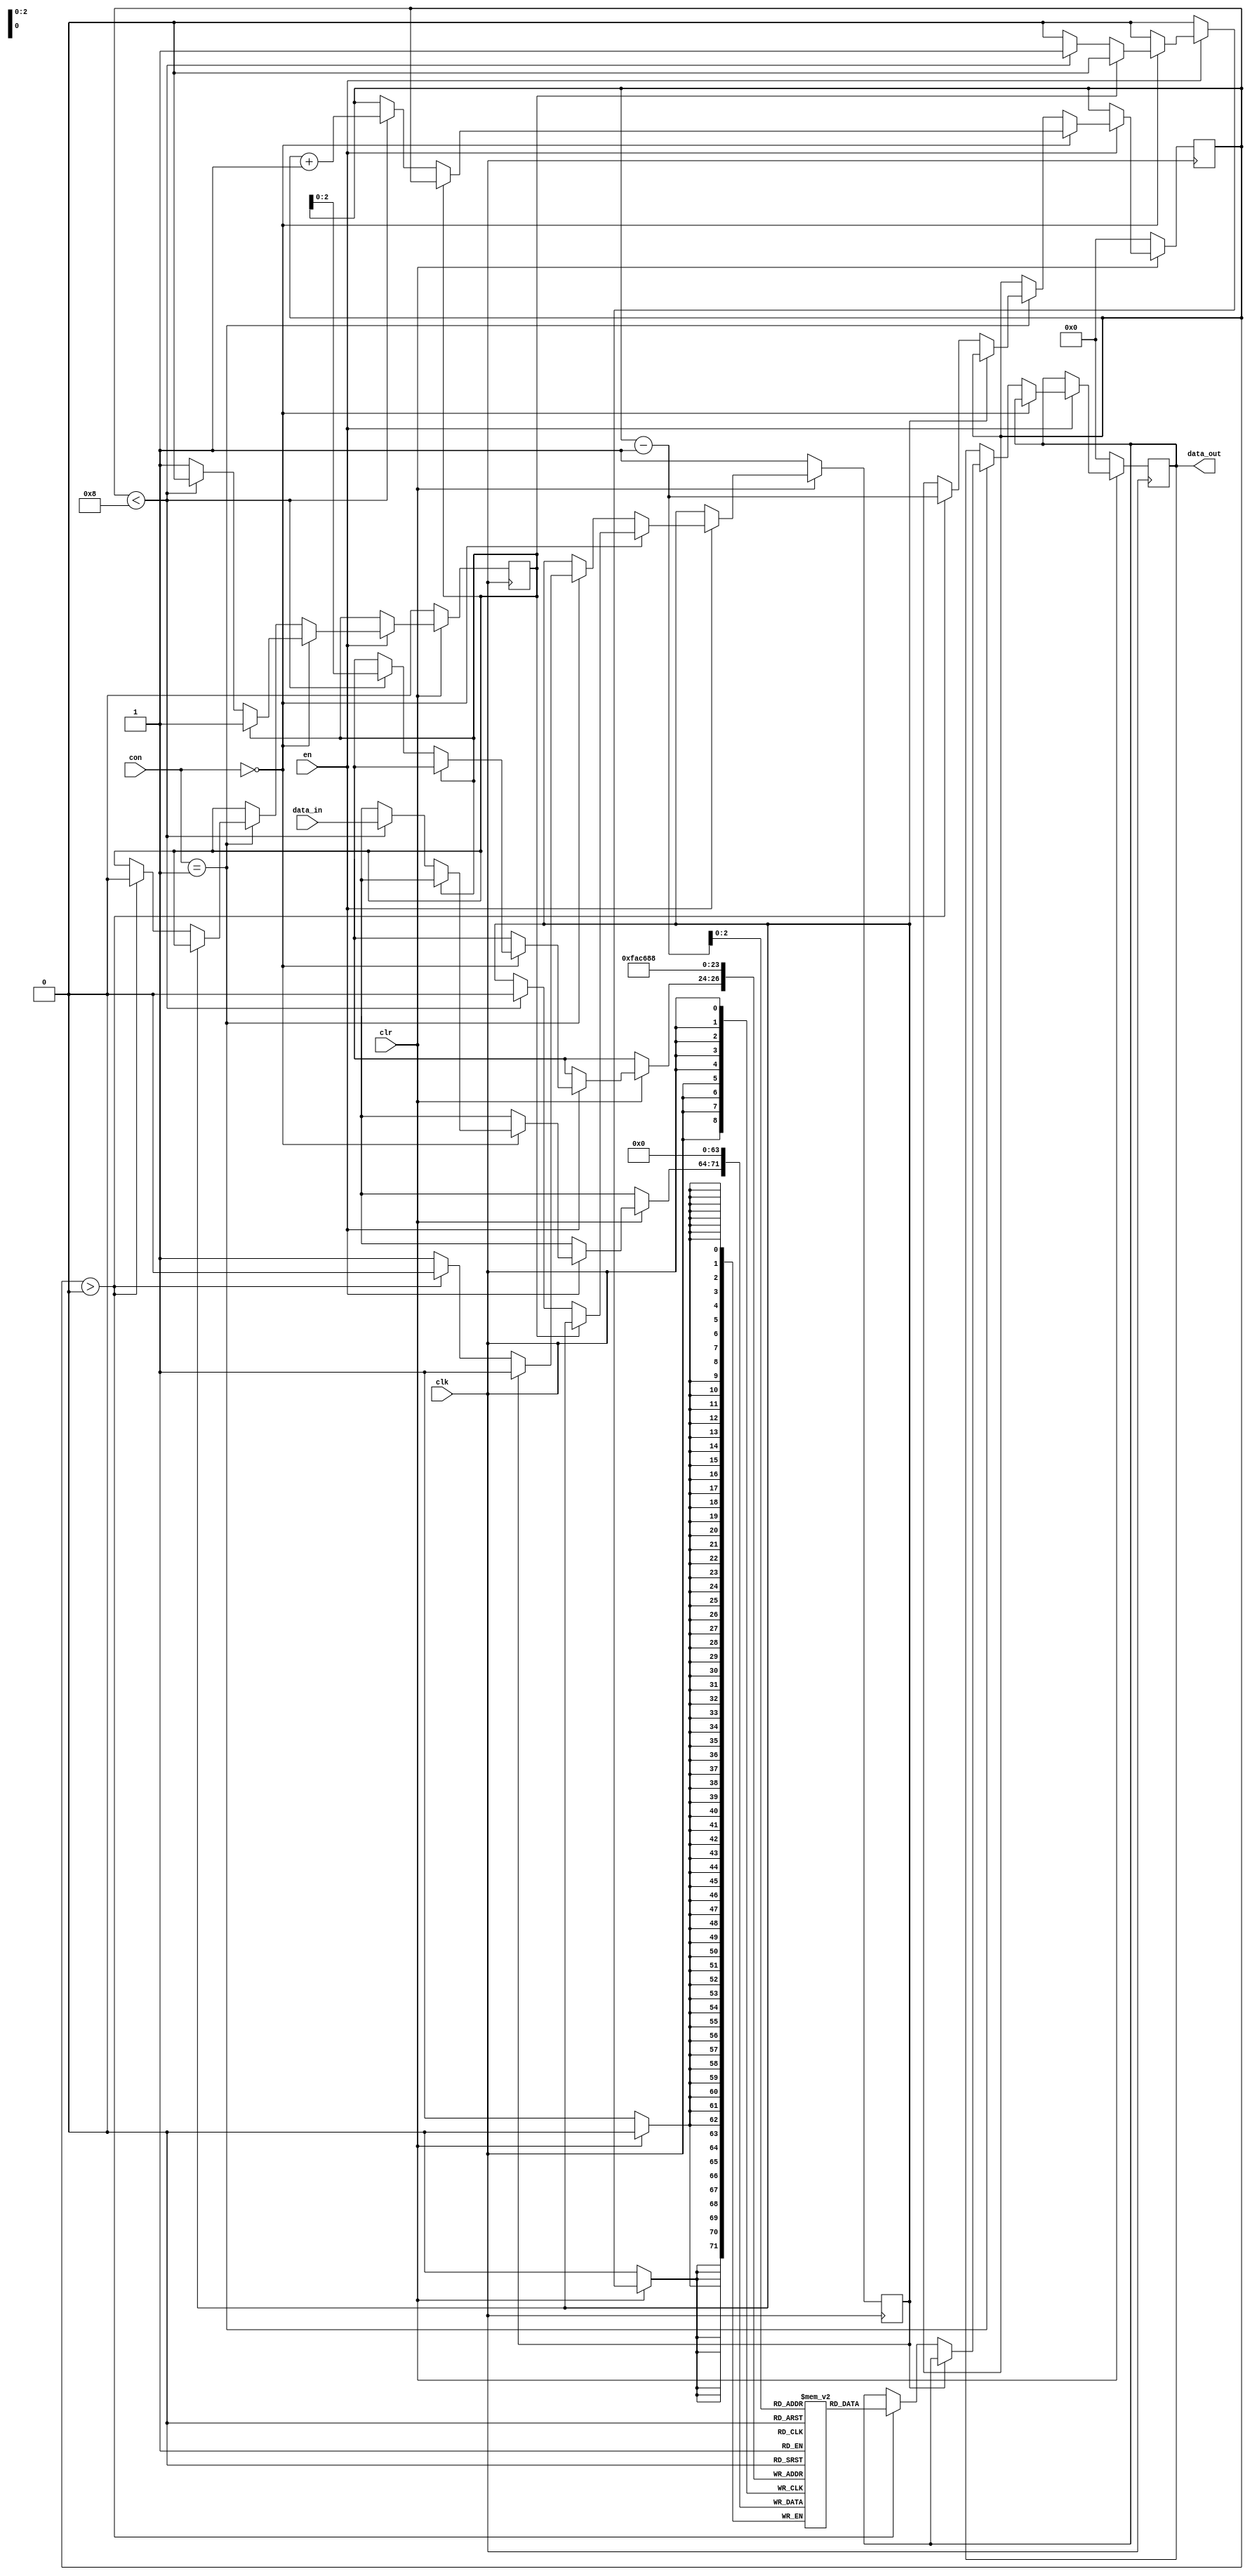
`timescale 1ns / 1ps
//////////////////////////////////////////////////////////////////////////////////
// Alex Hendren
// Sean McFeely
// EE480 - Spring 2013 - Heath
// Accumulator Based Processor
//
// Module Name:    stack 
//
// Description:
//		Parameterized stack with synchronous active low clear
//
//		Control States
//			00		push
//			01		pop
//			10		Do nothing
//			11		Do nothing
//
//  
//  
//  
//////////////////////////////////////////////////////////////////////////////////
module stack(en, clr, clk, con, data_in, data_out);
	parameter width = 8; //the width of the data in bits
	parameter depth = 3; // amout of data
	input en; 	// enable 
	input clr; 	// clear all contents
	input clk;	// the clock
	input [1:0] con;	// controller signal. pop when con=01. push when con=00. do nothing when con=10/11;
	input [width-1:0] data_in;
	reg full; // inform controller if stack full. 1 on full, else 0
	output reg [width-1:0] data_out;
	
	reg [(2**depth)-1:0] size;   // the amount of data in the stack at any given time
	reg empty; 		// 1 if the stack is empty, else 0
	reg [width-1:0] data [(2**depth)-1:0]; // reg to hold the data
	
	integer i; 
	
	always@(posedge clk)
	begin
		if(clr == 0)
		begin
			for(i=0; i<(2**depth); i=i+1)
			begin
				data[i] <= 0;
			end
			full <= 0;
			empty <= 1;
			size <= 0;
			data_out <= 0;
		end
		else
		begin
			if (en == 1) // if the stack is enabled
			begin
				if (con == 2'b00) // if controller says push 
				begin
					if( full == 0 ) //if stack not full
					begin 
						if(size < (2**depth))
						begin
							data[size] <= data_in; // store data
							empty <= 0;
							size <= size + 1; // increment
						end
						else
							full <= 1; // stack is full - controller must pop to make room
					end
				end
				else if( con == 2'b01) // pop --> controller = 1 
				begin
					if(empty == 0) //if the stack is not empty
					begin
						if(size > 0)
						begin
							data_out <= data[size-1]; // output last data in
							full <= 0;
							size <= size - 1; // decrement
						end
						else
							empty <= 1; //stack is empty
					end
				end
			end
		end
	end	

endmodule